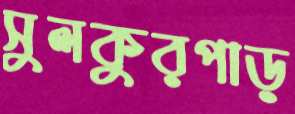
সুলকুরপাড়